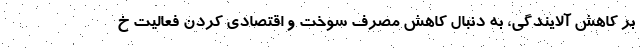
بر کاهش آلایندگی، به دنبال کاهش مصرف سوخت و اقتصادی کردن فعالیت خ